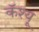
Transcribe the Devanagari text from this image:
कॅश्यू